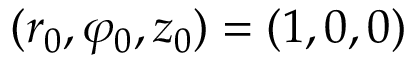
( r _ { 0 } , \varphi _ { 0 } , z _ { 0 } ) = ( 1 , 0 , 0 )